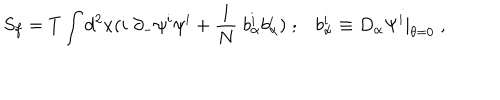
LaTeX: S _ { f } = T \int d ^ { 2 } x ( i \; \partial _ { - } \psi ^ { i } \psi ^ { i } + { \frac { 1 } { N } } \; b _ { \alpha } ^ { i } b _ { \alpha } ^ { i } ) \; ; b _ { \alpha } ^ { i } \equiv D _ { \alpha } \Psi ^ { i } | _ { \theta = 0 } \; ,